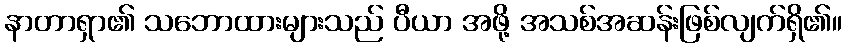
နာတာရှာ၏ သဘောထားများသည် ပီယာ အဖို့ အသစ်အဆန်းဖြစ်လျက်ရှိ၏။